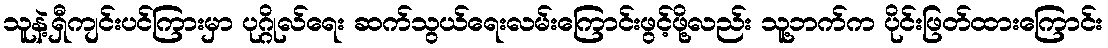
သူနဲ့ရှီကျင်းပင်ကြားမှာ ပုဂ္ဂိုလ်ရေး ဆက်သွယ်ရေးလမ်းကြောင်းဖွင့်ဖို့လည်း သူ့ဘက်က ပိုင်းဖြတ်ထားကြောင်း